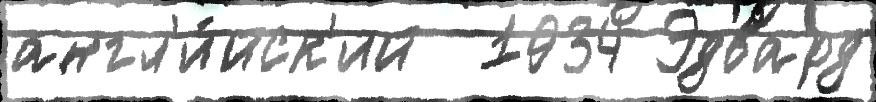
англ'и́йск'ий  1934 Эдвард